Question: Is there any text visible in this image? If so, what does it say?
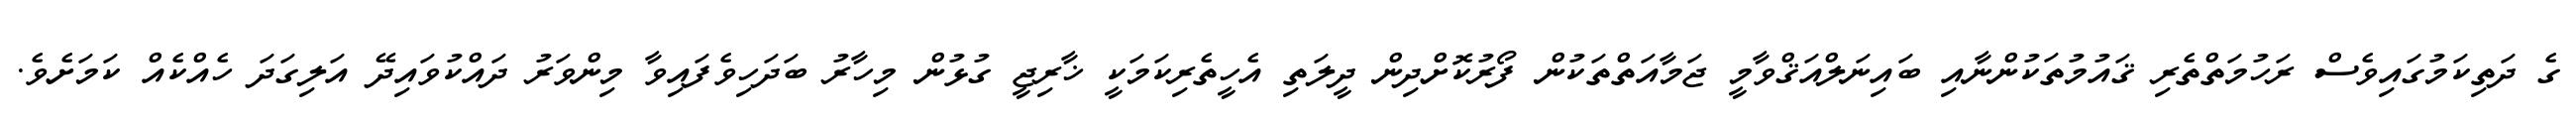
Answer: ގެ ދަތިކަމުގައިވެސް ރަހުމަތްތެރި ޤައުމުތަކުންނާއި ބައިނަލްއަޤްވާމީ ޖަމާއަތްތަކުން ފޯރުކޮށްދިން ދީލަތި އެހީތެރިކަމަކީ ޚާރިޖީ ގުޅުން މިހާރު ބަދަހިވެފައިވާ މިންވަރު ދައްކުވައިދޭ އަލިގަދަ ހެއްކެއް ކަމަށެވެ.